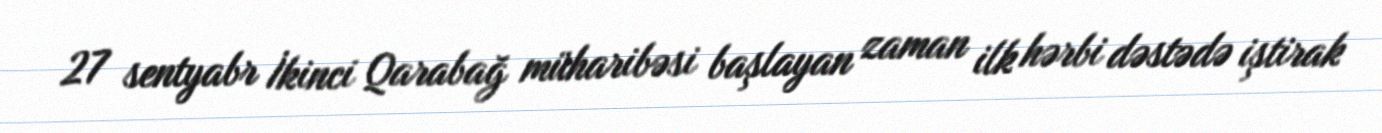
27 sentyabr İkinci Qarabağ müharibəsi başlayan zaman ilk hərbi dəstədə iştirak